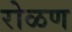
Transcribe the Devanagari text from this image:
रोळण